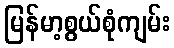
မြန်မာ့စွယ်စုံကျမ်း